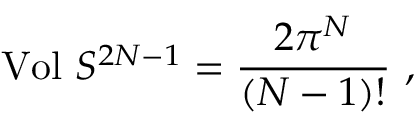
\mathrm { V o l } \ S ^ { 2 N - 1 } = \frac { 2 \pi ^ { N } } { ( N - 1 ) ! } \ ,